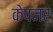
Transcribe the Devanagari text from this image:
केपनर